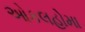
ઓકલહોમા